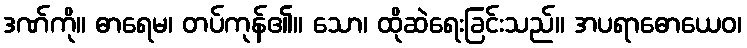
ဒဏ်ကို။ ဓာရေမ၊ တပ်ကုန်၏။ သော၊ ထိုဆဲရေးခြင်းသည်။ အပရာဓောယေဝ၊